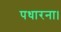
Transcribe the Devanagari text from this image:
पधारना।